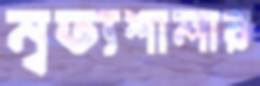
নৃত্যশালার